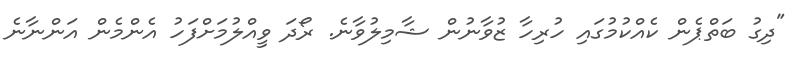
"ދިގު ބަތްޕެން ކެއްކުމުގައި ހުރިހާ ޒުވާނުން ޝާމިލުވާނެ. ރޯދަ ވީއްލުމަށްފަހު އެންމެން އަންނާނެ